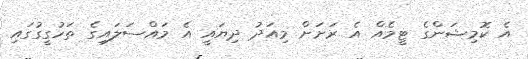
އެ ކޮމިޝަންގެ ޓީމެއް އެ ރަށަށް މިއަދު ދިޔައީ އެ މައްސަލައިގެ ތަހުގީގުގައި